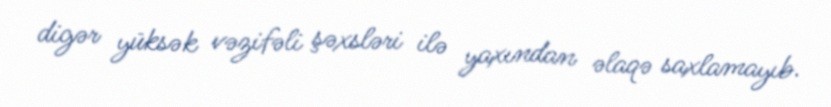
digər yüksək vəzifəli şəxsləri ilə yaxından əlaqə saxlamayıb.